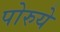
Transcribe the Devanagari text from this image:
पोरुये